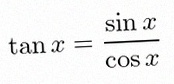
\tan x=\frac{\sin x}{\cos x}